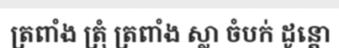
ត្រពាំង ត្រុំ ត្រពាំង ស្លា ចំបក់ ដូន្តោ